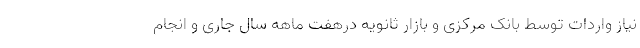
نیاز واردات توسط بانک مرکزی و بازار ثانویه درهفت ماهه سال جاری و انجام